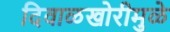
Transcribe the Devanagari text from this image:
दिवाळखोरीमुळे